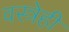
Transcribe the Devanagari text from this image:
वस्त्रेही